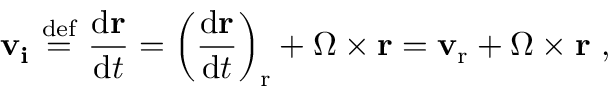
\mathbf { v _ { i } } \ { \stackrel { \mathrm { d e f } } { = } } \ { \frac { \mathrm { d } \mathbf { r } } { \mathrm { d } t } } = \left( { \frac { \mathrm { d } \mathbf { r } } { \mathrm { d } t } } \right) _ { \mathrm { r } } + { \boldsymbol { \Omega } } \times \mathbf { r } = \mathbf { v } _ { \mathrm { r } } + { \boldsymbol { \Omega } } \times \mathbf { r } \ ,